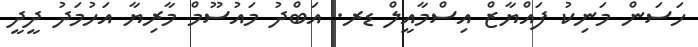
ހަސަން މަނިކު ފައްޔާޒް އިސްމާއީލް ޑރ. އަބްދު މައުސޫމް މާރިޔާ އަހުމަދު ދީދީ